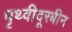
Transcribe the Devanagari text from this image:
पृथ्वीदूरबीन